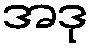
အဒု